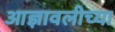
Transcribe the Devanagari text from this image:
आज्ञावलीच्या